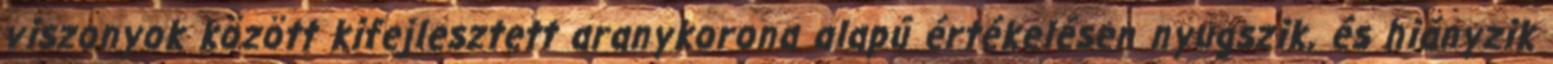
viszonyok között kifejlesztett aranykorona alapú értékelésen nyugszik, és hiányzik